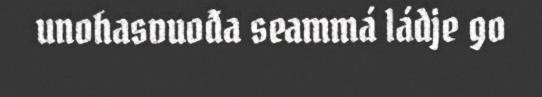
unohasvuođa seammá ládje go